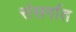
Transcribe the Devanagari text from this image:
संसर्गात